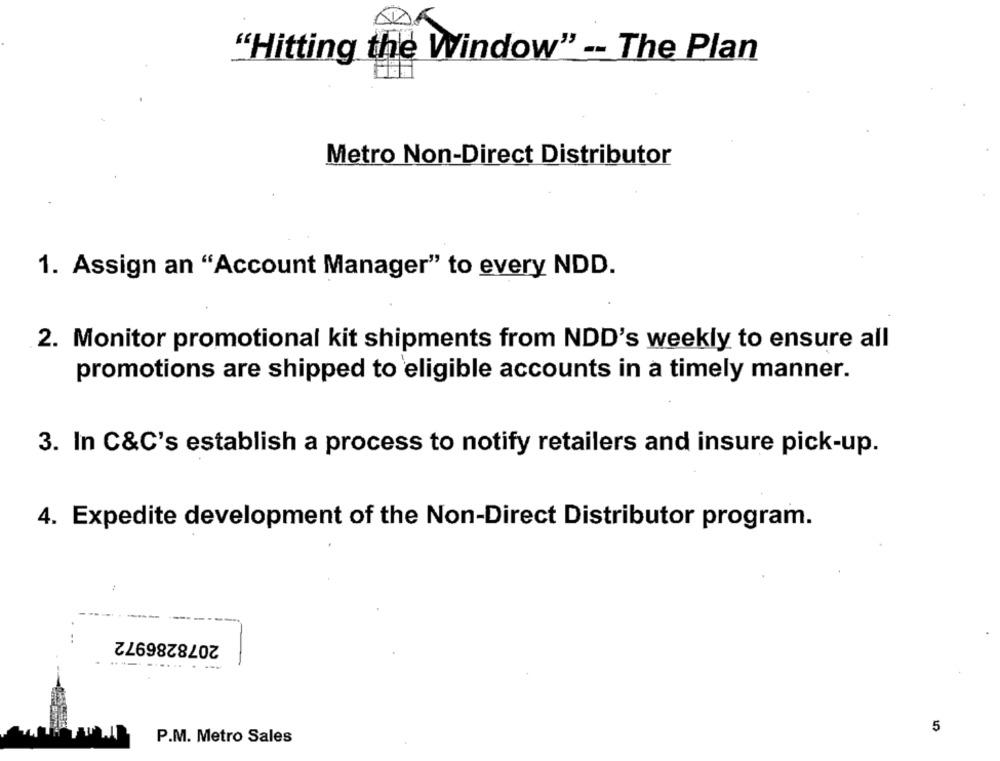
"Hitting the Window" -- The Plan
Metro Non-Direct Distributor
1. Assign an "Account Manager" to every NDD.
2. Monitor promotional kit shipments from NDD's weekly to ensure all
promotions are shipped to eligible accounts in a timely manner.
3. In C&C's establish a process to notify retailers and insure pick-up.
4. Expedite development of the Non-Direct Distributor program.
2078286972
.........
5
P.M. Metro Sales